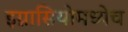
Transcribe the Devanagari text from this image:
इग्नासियोमध्येच